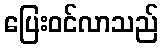
ပြေးဝင်လာသည်